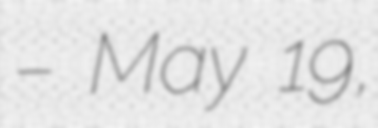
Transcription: – May 19,